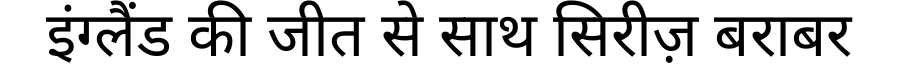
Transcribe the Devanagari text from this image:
इंग्लैंड की जीत से साथ सिरीज़ बराबर